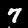
Label: 7